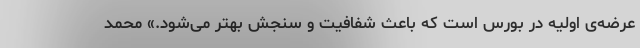
عرضه‌ی اولیه در بورس است که باعث شفافیت و سنجش بهتر می‌شود.» محمد